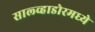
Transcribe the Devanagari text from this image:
साल्व्हाडोरमध्ये